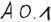
Text: A0.1